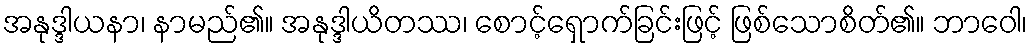
အနုဒ္ဒါယနာ၊ နာမည်၏။ အနုဒ္ဒါယိတဿ၊ စောင့်ရှောက်ခြင်းဖြင့် ဖြစ်သောစိတ်၏။ ဘာဝေါ၊